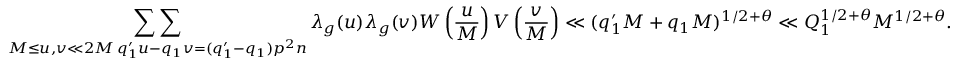
\mathop { \sum \sum } _ { \substack { M \leq u , v \ll 2 M \, q _ { 1 } ^ { \prime } u - q _ { 1 } v = ( q _ { 1 } ^ { \prime } - q _ { 1 } ) p ^ { 2 } n } } \lambda _ { g } ( u ) \lambda _ { g } ( v ) W \left( \frac { u } { M } \right) V \left( \frac { v } { M } \right) \ll ( q _ { 1 } ^ { \prime } M + q _ { 1 } M ) ^ { 1 / 2 + \theta } \ll Q _ { 1 } ^ { 1 / 2 + \theta } M ^ { 1 / 2 + \theta } .